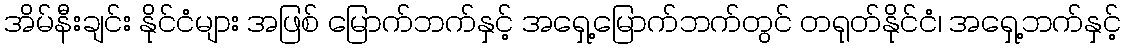
အိမ်နီးချင်း နိုင်ငံများ အဖြစ် မြောက်ဘက်နှင့် အရှေ့မြောက်ဘက်တွင် တရုတ်နိုင်ငံ၊ အရှေ့ဘက်နှင့်